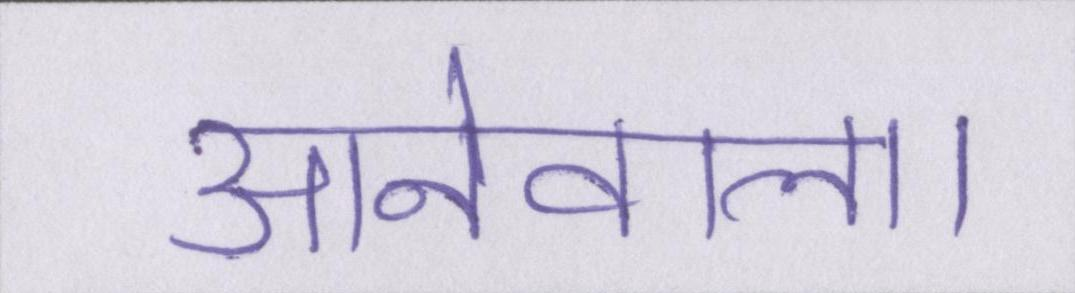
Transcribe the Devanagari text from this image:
आनेवाला।